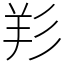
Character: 羏